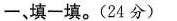
一、填一填。(24分)